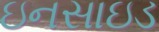
ઇનસાઇડ